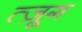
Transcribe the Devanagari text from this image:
त्ज़ूग